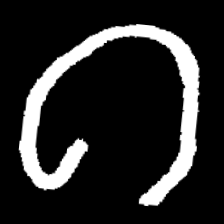
Pyu character \u2014 Myanmar letter: ဂ (romanized: ga)